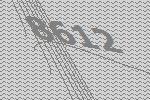
8612